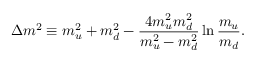
\Delta m ^ { 2 } \equiv m _ { u } ^ { 2 } + m _ { d } ^ { 2 } - \frac { 4 m _ { u } ^ { 2 } m _ { d } ^ { 2 } } { m _ { u } ^ { 2 } - m _ { d } ^ { 2 } } \ln \frac { m _ { u } } { m _ { d } } .